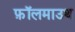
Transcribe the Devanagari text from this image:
फ़ॉलमाउथ